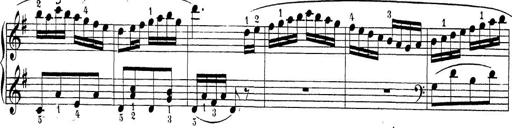
Title: Sonatina Album
Composer: Louis KÃ¶hler